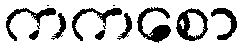
ကကစော